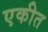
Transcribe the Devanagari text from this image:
एकीत